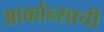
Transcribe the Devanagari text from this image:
आर्कान्साची